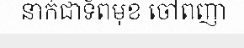
នាក់ជាទ័ពមុខ ចៅពញា